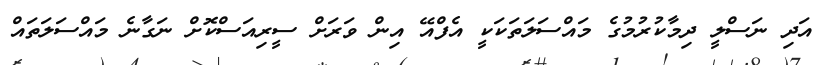
އަދި ނަސްލީ ދިމާކުރުމުގެ މައްސަލަތަކަކީ އެފްއޭ އިން ވަރަށް ސީރިއަސްކޮށް ނަގާނެ މައްސަލަތައް